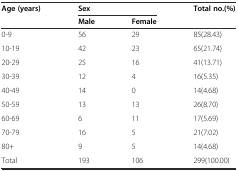
| <ROWSPAN=2> Age (years) | <COLSPAN=2> Sex | <ROWSPAN=2> Total no.(%) |
 | Male | Female |
 | --- | --- | --- | --- |
 | 0-9 | 56 | 29 | 85(28.43) |
 | 10-19 | 42 | 23 | 65(21.74) |
 | 20-29 | 25 | 16 | 41(13.71) |
 | 30-39 | 12 | 4 | 16(5.35) |
 | 40-49 | 14 | 0 | 14(4.68) |
 | 50-59 | 13 | 13 | 26(8.70) |
 | 60-69 | 6 | 11 | 17(5.69) |
 | 70-79 | 16 | 5 | 21(7.02) |
 | 80+ | 9 | 5 | 14(4.68) |
 | Total | 193 | 106 | 299(100.00) |